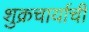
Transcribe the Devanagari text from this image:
शुक्रचार्याची